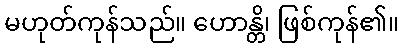
မဟုတ်ကုန်သည်။ ဟောန္တိ၊ ဖြစ်ကုန်၏။